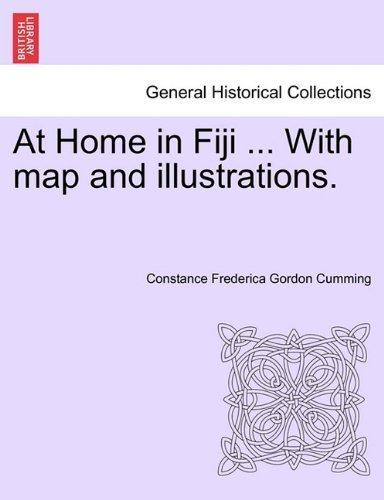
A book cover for At Home in Fiji ... With map and illustrations, Vol. I by Cumming, Constance Frederica Gordon (2011) Paperback; Travel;